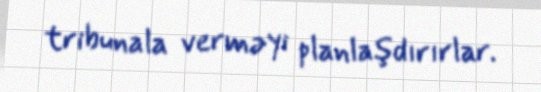
tribunala verməyi planlaşdırırlar.